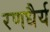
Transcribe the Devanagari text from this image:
रणधैर्य